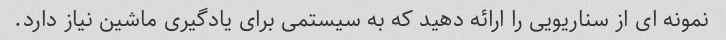
نمونه ای از سناریویی را ارائه دهید که به سیستمی برای یادگیری ماشین نیاز دارد.